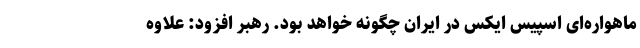
ماهواره‌ای اسپیس ایکس در ایران چگونه خواهد بود. رهبر افزود: علاوه